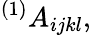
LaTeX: ^{(1)}A_{ijkl},